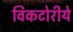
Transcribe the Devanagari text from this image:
विकटोरीये